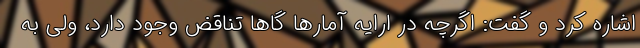
اشاره کرد و گفت: اگرچه در ارایه آمارها گاها تناقض وجود دارد، ولی به